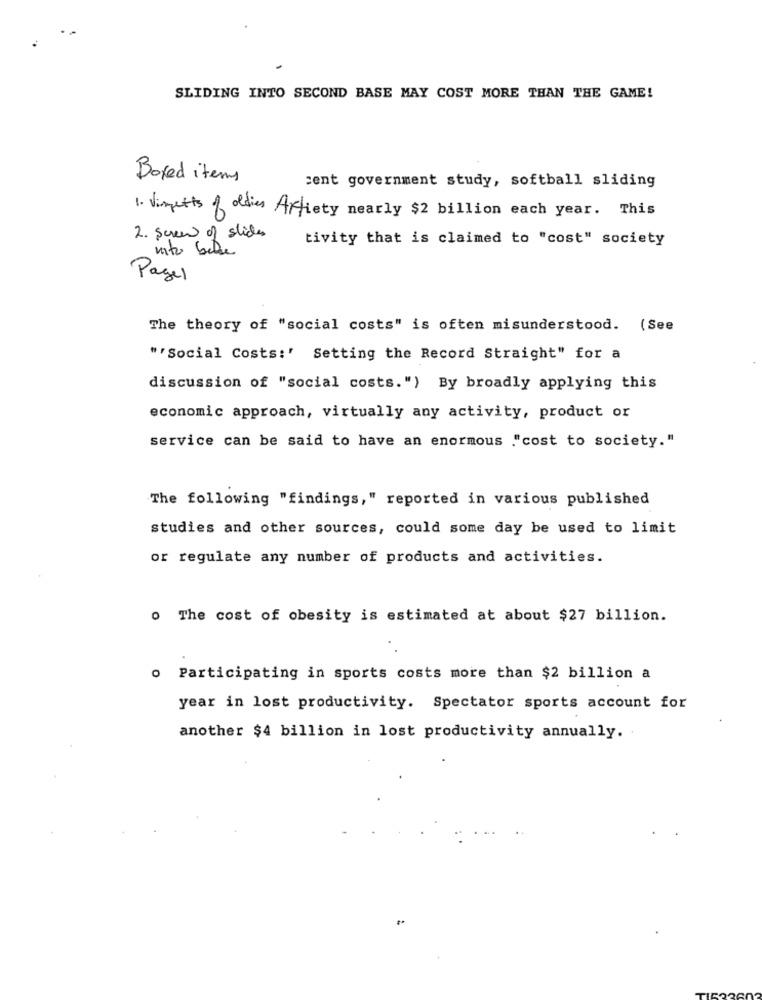
SLIDING INTO SECOND BASE MAY COST MORE THAN THE GAME!
Boxed items
sent government study, softball sliding
1. Vingetts of oldies Artiety nearly $2 billion each year. This
2. Screw of slides
tivity that is claimed to "cost" society
mito bethe
Pagel
The theory of "social costs" is often misunderstood. (See
""Social Costs:' Setting the Record Straight" for a
discussion of "social costs.") By broadly applying this
economic approach, virtually any activity, product or
service can be said to have an enormous ."cost to society."
The following "findings," reported in various published
studies and other sources, could some day be used to limit
or regulate any number of products and activities.
o The cost of obesity is estimated at about $27 billion.
o Participating in sports costs more than $2 billion a
year in lost productivity. Spectator sports account for
another $4 billion in lost productivity annually.